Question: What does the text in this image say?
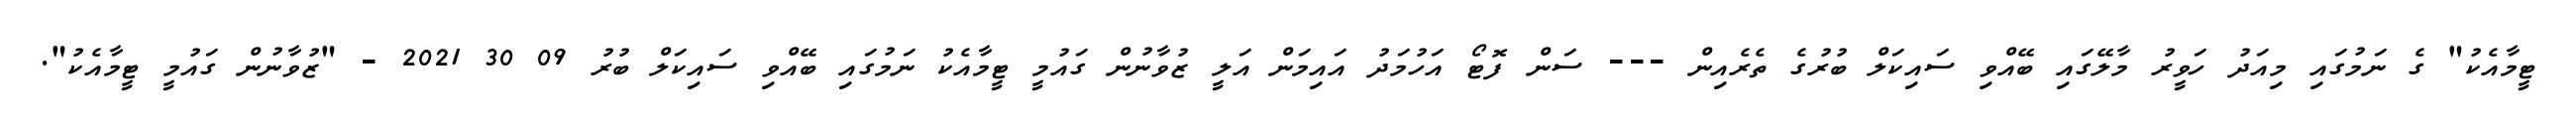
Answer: ޓީމާއެކު" ގެ ނަމުގައި މިއަދު ހަވީރު މާލޭގައި ބޭއްވި ސައިކަލް ބުރުގެ ތެރެއިން --- ސަން ފޮޓޯ އަހުމަދު އައިމަން އަލީ ޒުވާނުން ގައުމީ ޓީމާއެކު ނަމުގައި ބޭއްވި ސައިކަލް ބުރު 09 30 2021 - "ޒުވާނުން ގައުމީ ޓީމާއެކު".